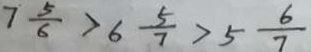
7 \frac { 5 } { 6 } > 6 \frac { 5 } { 7 } > 5 \frac { 6 } { 7 }